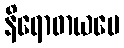
နိရောဓာယပေ